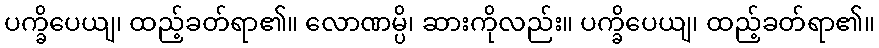
ပက္ခိပေယျ၊ ထည့်ခတ်ရာ၏။ လောဏမ္ပိ၊ ဆားကိုလည်း။ ပက္ခိပေယျ၊ ထည့်ခတ်ရာ၏။